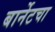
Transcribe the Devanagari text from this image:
बार्नेटचा